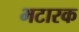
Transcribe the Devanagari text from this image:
भटारक